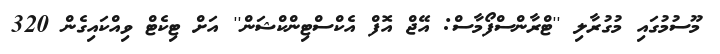
މޫސުމުގައި މުގުރާލި ''ޓްރާންސްފޯމާސް: އޭޖް އޮފް އެކްސްޓިންކްޝަން'' އަށް ޓިކެޓް ވިއްކައިގެން 320